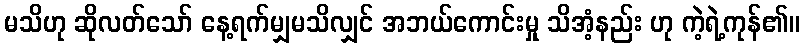
မသိဟု ဆိုလတ်သော် နေ့ရက်မျှမသိလျှင် အဘယ်ကောင်းမှု သိအံ့နည်း ဟု ကဲ့ရဲ့ကုန်၏။